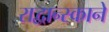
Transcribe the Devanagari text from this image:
राद्वान्स्काने